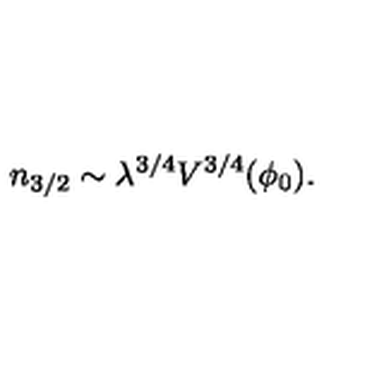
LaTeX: n _ { 3 / 2 } \sim \lambda ^ { 3 / 4 } V ^ { 3 / 4 } ( \phi _ { 0 } ) .